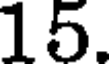
15.